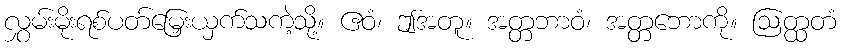
လွှမ်းမိုးရစ်ပတ်မြှေးယှက်သကဲ့သို့။ ဧဝံ၊ ဤအတူ။ အတ္တဘာဝံ၊ အတ္တဘောကို။ ဩတ္ထတံ